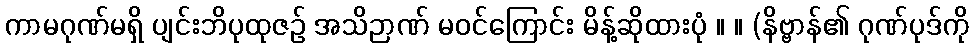
ကာမဂုဏ်မရှိ ပျင်းဘိပုထုဇဉ် အသိဉာဏ် မဝင်ကြောင်း မိန့်ဆိုထားပုံ ။ ။ (နိဗ္ဗာန်၏ ဂုဏ်ပုဒ်ကို